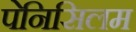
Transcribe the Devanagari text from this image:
पेनिसिलम